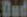
Und